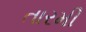
તારમી